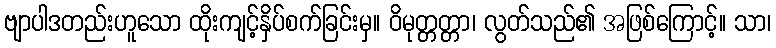
ဗျာပါဒတည်းဟူသော ထိုးကျင့်နှိပ်စက်ခြင်းမှ။ ဝိမုတ္တတ္တာ၊ လွတ်သည်၏ အဖြစ်ကြောင့်။ သာ၊